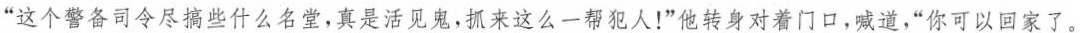
”这个警备司令尽搞些什么名堂，真是活见鬼，抓来这么一帮犯人！”他转身对着门口，喊道，”你可以回家了。